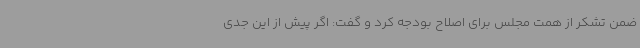
ضمن تشکر از همت مجلس برای اصلاح بودجه کرد و گفت: اگر پیش از این جدی